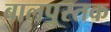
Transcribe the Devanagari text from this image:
बालपुस्तक